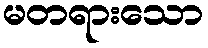
မတရားသော